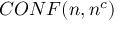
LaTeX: C O N F ( n , n ^ { c } )